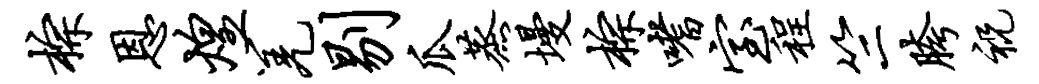
棕恩煌羌剔瓜蒸墁棕嗜室程竺胯祝